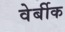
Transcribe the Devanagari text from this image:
वेर्बीक